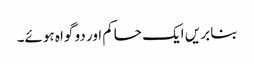
بنا بریں ایک حاکم اور دو گواہ ہوئے۔